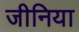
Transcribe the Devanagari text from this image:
जीनिया